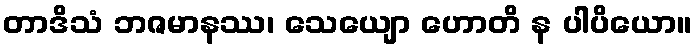
တာဒိသံ ဘဇမာနဿ၊ သေယျော ဟောတိ န ပါပိယော။